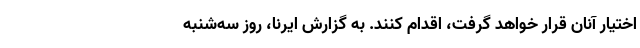
اختیار آنان قرار خواهد گرفت، اقدام کنند. به گزارش ایرنا، روز سه‌شنبه